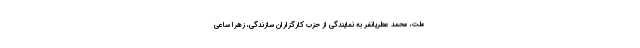
ملت، محمد عطریانفر به نمایندگی از حزب کارگزاران سازندگی، زهرا ساعی